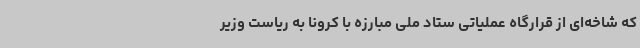
که شاخه‌ای از قرارگاه عملیاتی ستاد ملی مبارزه با کرونا به ریاست وزیر